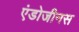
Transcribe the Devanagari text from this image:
एंडोजीनस